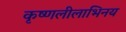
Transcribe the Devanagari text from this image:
कृष्णलीलाभिनय